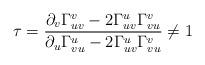
LaTeX: \begin{align*} \tau=\frac{\partial_v\Gamma_{uv}^v-2\Gamma_{uv}^u\Gamma_{vu}^v}{\partial_u\Gamma_{vu}^u-2\Gamma_{uv}^u\Gamma_{vu}^v}\neq 1 \end{align*}